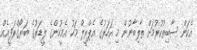
އެކަން ސާބިތުކުރުމަށް ތާލިބާނުން މި އަހަރުގެ އެޕްރީލް މަހު އެމީހުންގެ ލީޑަރުގެ ބަޔޯގްރަފީއެއް